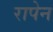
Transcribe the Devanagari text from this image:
रापेन